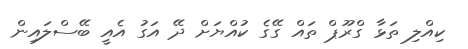
ކިއްލި ތަޅާ ގްރޫޕް ތައް ގޭގެ ކުއްޔަށް ދޭ އަގު އެއީ ބޭސްލައިން